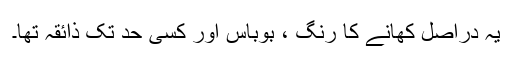
یہ دراصل کھانے کا رنگ ، بوباس اور کسی حد تک ذائقہ تھا۔